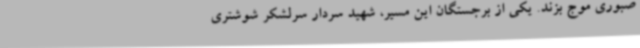
صبوری موج بزند. یکی از برجستگان این مسیر، شهید سردار سرلشکر شوشتری